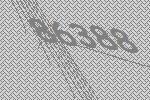
86388